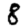
Digit: 8